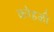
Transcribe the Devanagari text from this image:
कोहळी